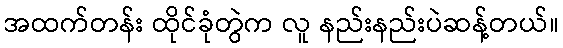
အထက်တန်း ထိုင်ခုံတွဲက လူ နည်းနည်းပဲဆန့်တယ်။